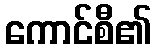
ကောင်စီ၏